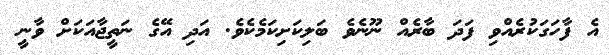
އެ ފާހަގަކުރެއްވި ފަދަ ބާރެއް ނޫނެވެ ބަލިކަށިކަމެކެވެ. އަދި އޭގެ ނަތީޖާއަކަށް ވާނީ